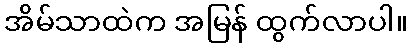
အိမ်သာထဲက အမြန် ထွက်လာပါ။